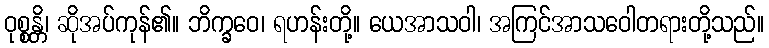
ဝုစ္စန္တိ၊ ဆိုအပ်ကုန်၏။ ဘိက္ခဝေ၊ ရဟန်းတို့။ ယေအာသဝါ၊ အကြင်အာသဝေါတရားတို့သည်။